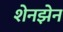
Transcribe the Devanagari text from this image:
शेनझेन